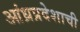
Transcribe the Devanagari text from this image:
आंध्रप्रदेशाची